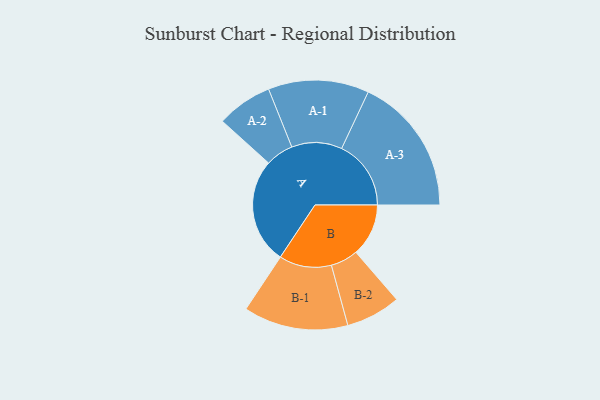
{"axis": {"x": "Segment", "y": "Value"}, "legend": ["", "A", "B"], "data": [{"x": "A", "y": 427, "type": ""}, {"x": "B", "y": 213, "type": ""}, {"x": "A-1", "y": 204, "type": "A"}, {"x": "A-2", "y": 113, "type": "A"}, {"x": "A-3", "y": 281, "type": "A"}, {"x": "B-1", "y": 212, "type": "B"}, {"x": "B-2", "y": 111, "type": "B"}]}